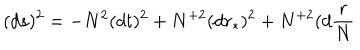
( d s ) ^ { 2 } = - N ^ { 2 } ( d t ) ^ { 2 } + N ^ { + 2 } ( d r _ { \ast } ) ^ { 2 } + N ^ { + 2 } ( d \frac { r } { N }